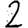
Digit: 2